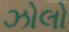
ઝોલો